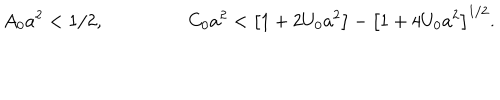
A _ { 0 } a ^ { 2 } < 1 / 2 , C _ { 0 } a ^ { 2 } < \left[ 1 + 2 U _ { 0 } a ^ { 2 } \right] - \left[ 1 + 4 U _ { 0 } a ^ { 2 } \right] ^ { 1 / 2 } .